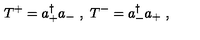
T ^ { + } = a _ { + } ^ { \dagger } a _ { - } \ , \ T ^ { - } = a _ { - } ^ { \dagger } a _ { + } \ ,